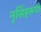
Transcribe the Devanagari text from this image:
नृसिंहरूपी